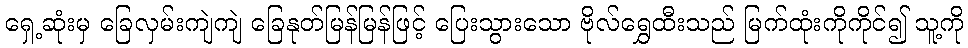
ရှေ့ဆုံးမှ ခြေလှမ်းကျဲကျဲ ခြေနုတ်မြန်မြန်ဖြင့် ပြေးသွားသော ဗိုလ်ရွှေထီးသည် မြက်ထုံးကိုကိုင်၍ သူ့ကို